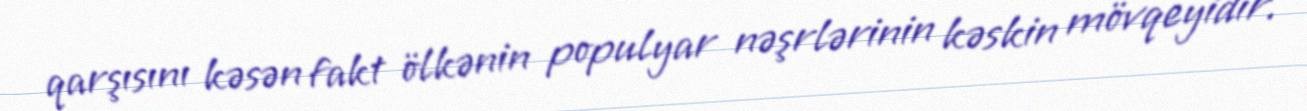
qarşısını kəsən fakt ölkənin populyar nəşrlərinin kəskin mövqeyidir.